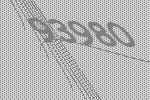
93980